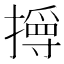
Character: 㩊